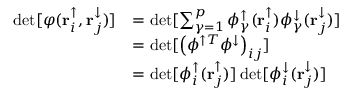
\begin{array} { r l } { \operatorname* { d e t } [ \varphi ( \mathbf { r } _ { i } ^ { \uparrow } , \mathbf { r } _ { j } ^ { \downarrow } ) ] } & { = \operatorname* { d e t } [ \sum _ { \gamma = 1 } ^ { p } \phi _ { \gamma } ^ { \uparrow } ( \mathbf { r } _ { i } ^ { \uparrow } ) \phi _ { \gamma } ^ { \downarrow } ( \mathbf { r } _ { j } ^ { \downarrow } ) ] } \\ & { = \operatorname* { d e t } [ \left( \phi ^ { \uparrow T } \phi ^ { \downarrow } \right) _ { i j } ] } \\ & { = \operatorname* { d e t } [ \phi _ { i } ^ { \uparrow } ( \mathbf { r } _ { j } ^ { \uparrow } ) ] \operatorname* { d e t } [ \phi _ { i } ^ { \downarrow } ( \mathbf { r } _ { j } ^ { \downarrow } ) ] } \end{array}